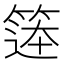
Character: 𮅨